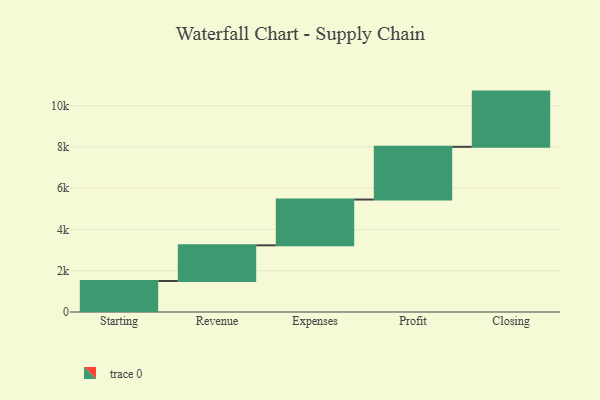
{"axis": {"x": "Step", "y": "Value"}, "legend": [""], "data": [{"x": "Starting", "y": 1503.0, "type": ""}, {"x": "Revenue", "y": 1729.0, "type": ""}, {"x": "Expenses", "y": 2219.0, "type": ""}, {"x": "Profit", "y": 2556.0, "type": ""}, {"x": "Closing", "y": 2676.0, "type": ""}]}